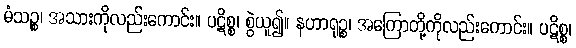
မံသဉ္စ၊ အသားကိုလည်းကောင်း။ ပဋိစ္စ၊ စွဲယူ၍။ နဟာရုဉ္စ၊ အကြောတို့ကိုလည်းကောင်း။ ပဋိစ္စ၊